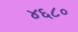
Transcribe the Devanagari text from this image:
४६८०